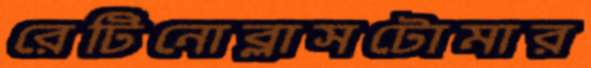
রেটিনোব্লাসটোমার